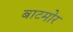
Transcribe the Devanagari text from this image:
बाटमोर